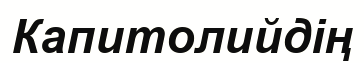
Капитолийдің